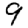
Digit: 9